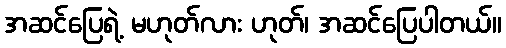
အဆင်ပြေရဲ့ မဟုတ်လား ဟုတ်၊ အဆင်ပြေပါတယ်။